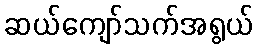
ဆယ်ကျော်သက်အရွယ်